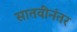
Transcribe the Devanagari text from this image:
सातवीनंतर